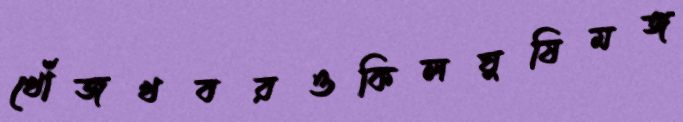
খোঁজখবরওকিলঘুষিমঙ্গ